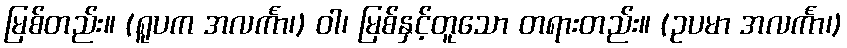
မြစ်တည်း။ (ရူပက အလင်္ကာ၊) ဝါ၊ မြစ်နှင့်တူသော တရားတည်း။ (ဥပမာ အလင်္ကာ၊)